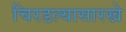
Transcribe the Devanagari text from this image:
चिरडल्यासारखे